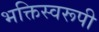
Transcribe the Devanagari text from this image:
भक्तिस्वरूपी